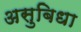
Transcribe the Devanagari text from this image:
असुबिधा